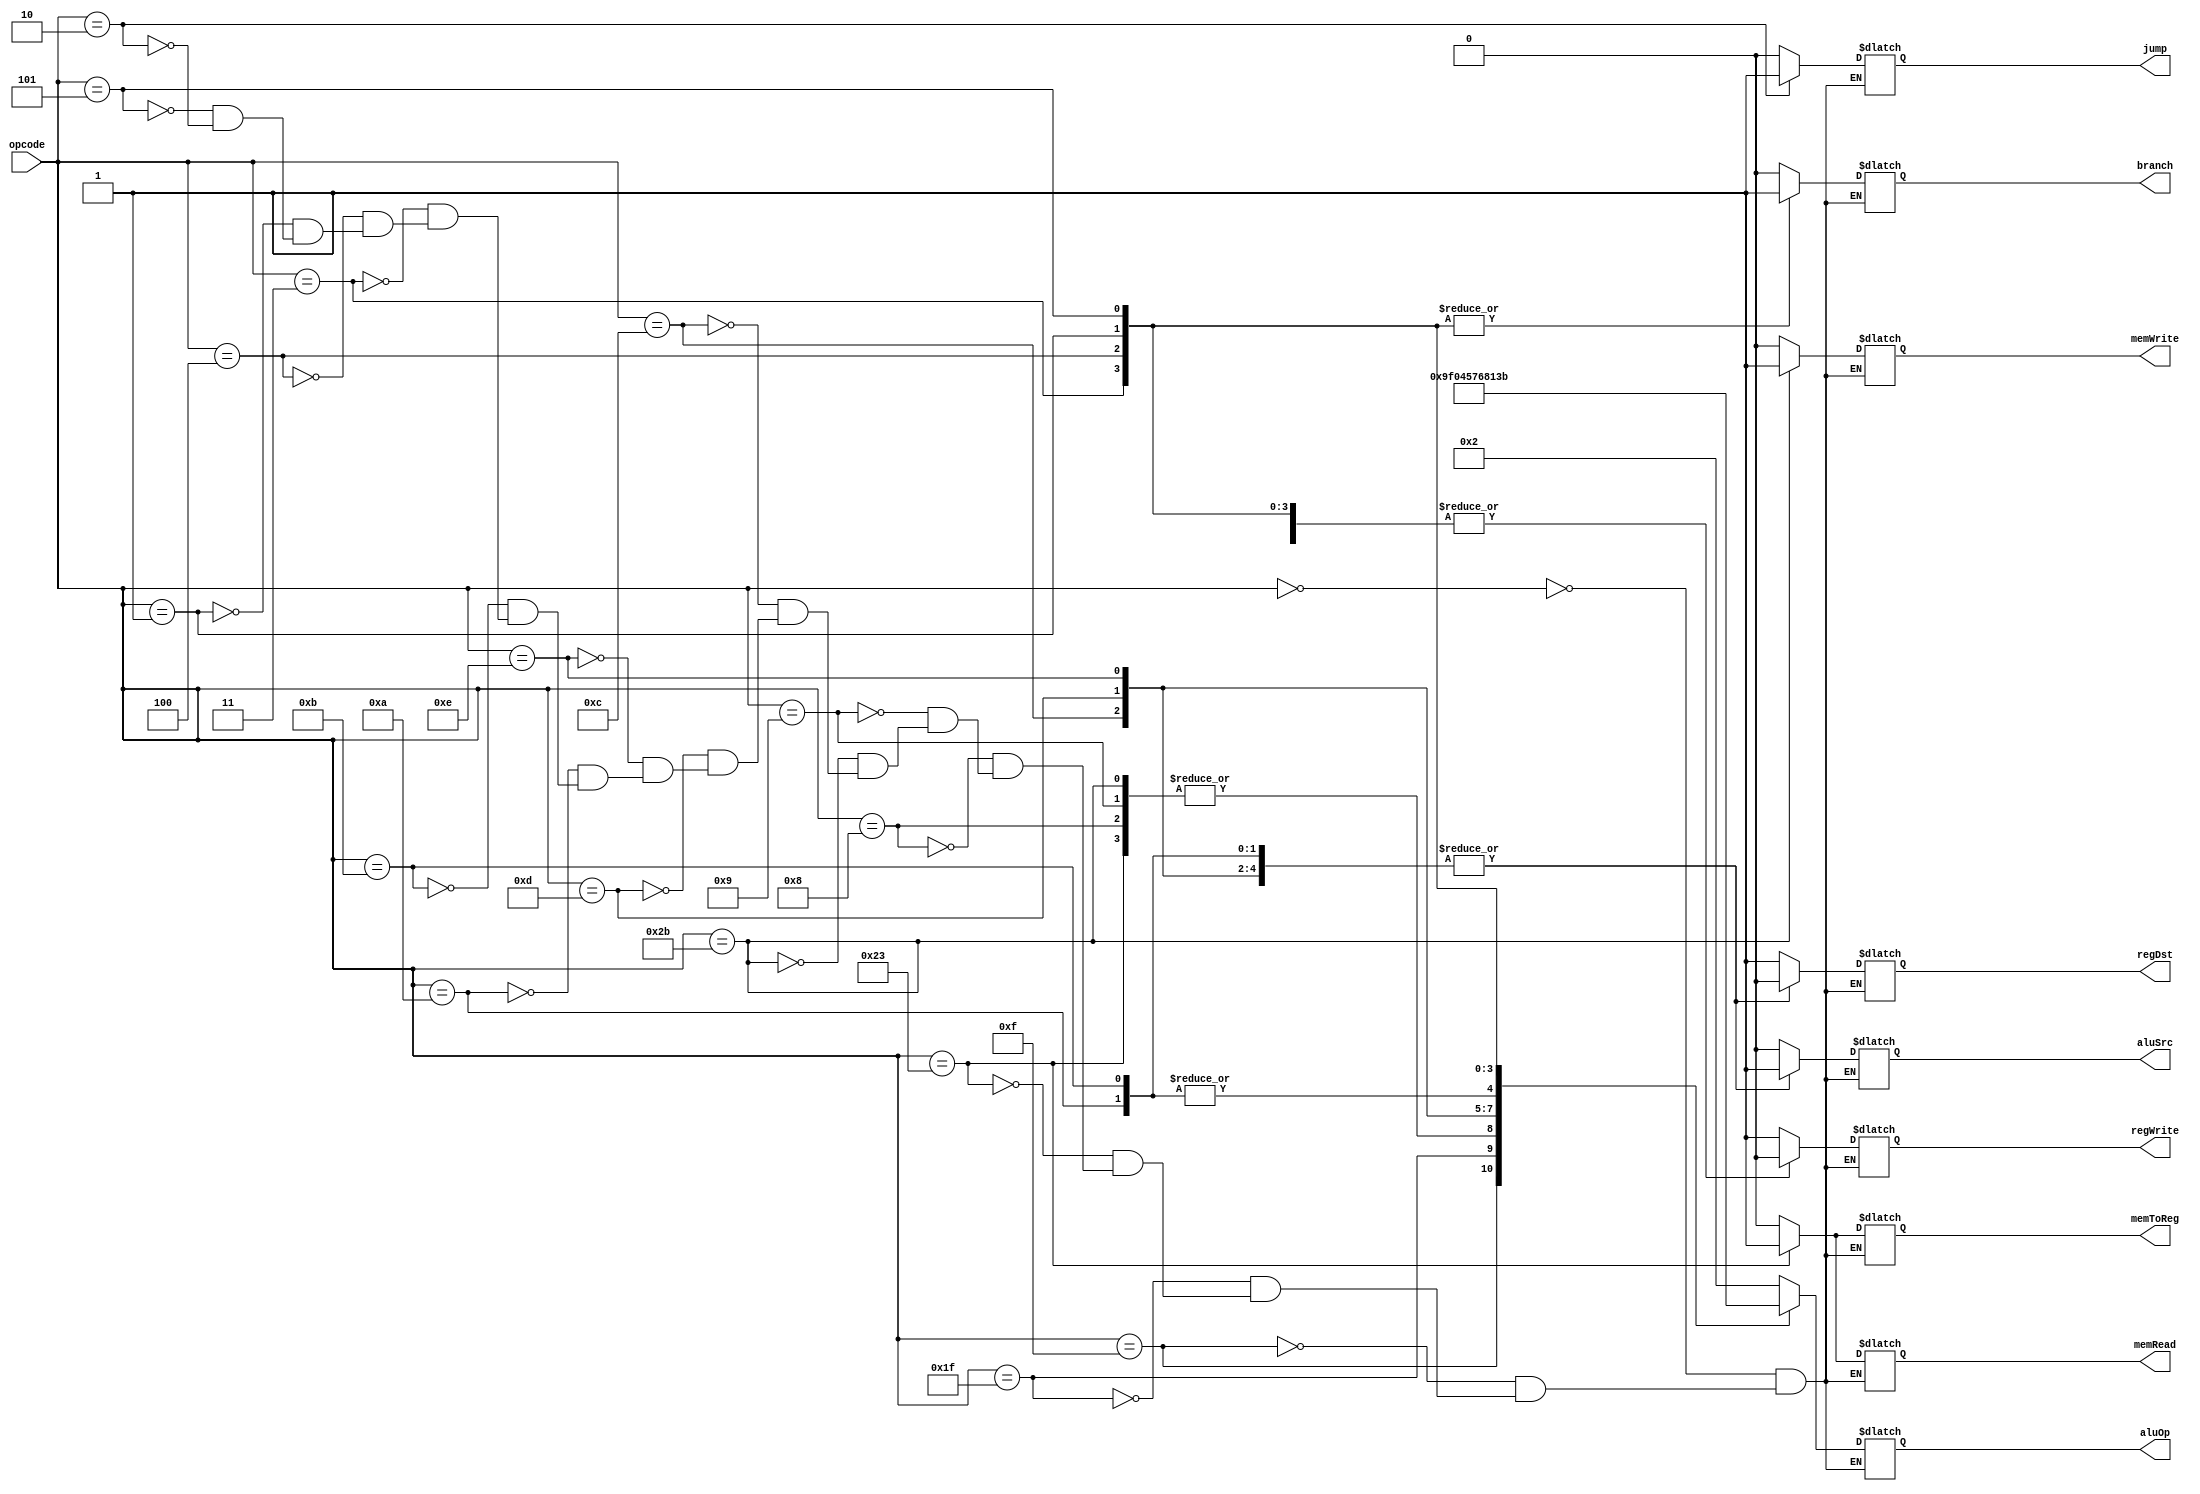
//Unidad de Control
module UC(
	input [5:0]opcode,
	output reg regDst,//a MUX1
	output reg jump,//a MUX4
	output reg branch,//a CAND
	output reg memRead,//a dataMemory
	output reg memToReg,//a MUX3
	output reg [3:0]aluOp,//a aluControl
	output reg memWrite,//a dataMemory
	output reg aluSrc,// a MUX2
	output reg regWrite//a registers enable
);

always @*
begin
	case(opcode)
	6'b000000://cualquier tipo R
		begin
			regDst = 1'b1;
			aluSrc = 1'b0;
			jump=1'b0;
			memToReg = 1'b0;
			regWrite = 1'b1;
			memRead = 1'b0;
			memWrite = 1'b0;
			branch = 1'b0;
			aluOp = 4'b0010;
		end
	6'b001111://lui
		begin
			regDst = 1'b0;
			aluSrc = 1'b1;
			jump=1'b0;
			memToReg = 1'b0;
			regWrite = 1'b1;
			memRead = 1'b0;
			memWrite = 1'b0;
			branch = 1'b0;
			aluOp = 4'b1001;
		end
	6'b011111://bitswap
		begin
			regDst = 1'b1;
			aluSrc = 1'b0;
			jump=1'b0;
			memToReg = 1'b0;
			regWrite = 1'b1;
			memRead = 1'b0;
			memWrite = 1'b0;
			branch = 1'b0;
			aluOp = 4'b1111;
		end
	6'b100011://instruccion lw
		begin
			regDst = 1'b0;
			aluSrc = 1'b1;
			jump=1'b0;
			memToReg = 1'b1;
			regWrite = 1'b1;
			memRead = 1'b1;
			memWrite = 1'b0;
			branch = 1'b0;
			aluOp = 4'b0000;
		end

	6'b001000://instruccion addi
		begin
			regDst = 1'b0;
			aluSrc = 1'b1;
			jump=1'b0;
			memToReg = 1'b0;
			regWrite = 1'b1;
			memRead = 1'b0;
			memWrite = 1'b0;
			branch = 1'b0;
			aluOp = 4'b0000;
		end
	6'b001001://instruccion addiU
		begin
			regDst = 1'b0;
			aluSrc = 1'b1;
			jump=1'b0;
			memToReg = 1'b0;
			regWrite = 1'b1;
			memRead = 1'b0;
			memWrite = 1'b0;
			branch = 1'b0;
			aluOp = 4'b0000;
		end
	6'b101011://instruccion sw
		begin
			regDst = 1'b0;
			aluSrc = 1'b1;
			jump=1'b0;
			memToReg = 1'b0;
			regWrite = 1'b0;
			memRead = 1'b0;
			memWrite = 1'b1;
			branch = 1'b0;
			aluOp= 4'b0000;
		end
	6'b001100://instruccion andi
		begin
			regDst = 1'b0;
			aluSrc = 1'b1;
			jump=1'b0;
			memToReg = 1'b0;
			regWrite = 1'b1;
			memRead = 1'b0;
			memWrite = 1'b0;
			branch = 1'b0;
			aluOp = 4'b0100;
		end
	6'b001101://instruccion ori
		begin
			regDst = 1'b0;
			aluSrc = 1'b1;
			jump=1'b0;
			memToReg = 1'b0;
			regWrite = 1'b1;
			memRead = 1'b0;
			memWrite = 1'b0;
			branch = 1'b0;
			aluOp = 4'b0101;
		end
	6'b001110://instruccion xori
		begin
			regDst = 1'b0;
			aluSrc = 1'b1;
			jump=1'b0;
			memToReg = 1'b0;
			regWrite = 1'b1;
			memRead = 1'b0;
			memWrite = 1'b0;
			branch = 1'b0;
			aluOp = 4'b0111;
		end
	6'b001010://instruccion slti
		begin
			regDst = 1'b0;
			aluSrc = 1'b1;
			jump=1'b0;
			memToReg = 1'b0;
			regWrite = 1'b1;
			memRead = 1'b0;
			memWrite = 1'b0;
			branch = 1'b0;
			aluOp = 4'b0110;
		end
	6'b001011://instruccion sltiU
		begin
			regDst = 1'b0;
			aluSrc = 1'b1;
			jump=1'b0;
			memToReg = 1'b0;
			regWrite = 1'b1;
			memRead = 1'b0;
			memWrite = 1'b0;
			branch = 1'b0;
			aluOp = 4'b0110;
		end
	6'b000011://instruccion b
		begin
			regDst = 1'bx;
			aluSrc = 1'b0;
			jump=1'b0;
			memToReg = 1'bx;
			regWrite = 1'b0;
			memRead = 1'b0;
			memWrite = 1'b0;
			branch = 1'b1;
			aluOp = 4'b1000;
		end
	6'b000100://instruccion beq
		begin
			regDst = 1'bx;
			aluSrc = 1'b0;
			jump=1'b0;
			memToReg = 1'bx;
			regWrite = 1'b0;
			memRead = 1'b0;
			memWrite = 1'b0;
			branch = 1'b1;
			aluOp = 4'b0001;
		end
	6'b000001://instruccion bgez
		begin
			regDst = 1'bx;
			aluSrc = 1'b0;
			jump=1'b0;
			memToReg = 1'bx;
			regWrite = 1'b0;
			memRead = 1'b0;
			memWrite = 1'b0;
			branch = 1'b1;
			aluOp = 4'b0011;
		end
	6'b000101://instruccion bne
		begin
			regDst = 1'bx;
			aluSrc = 1'b0;
			jump=1'b0;
			memToReg = 1'bx;
			regWrite = 1'b0;
			memRead = 1'b0;
			memWrite = 1'b0;
			branch = 1'b1;
			aluOp = 4'b1011;
		end
	
	6'b000010://instruccion jump
		begin
			regDst = 1'bx;
			aluSrc = 1'bx;
			jump=1'b1;
			memToReg = 1'bx;
			regWrite = 1'bx;
			memRead = 1'bx;
			memWrite = 1'bx;
			branch = 1'bx;
			aluOp = 4'bxxxx;
		end
	endcase
end

endmodule